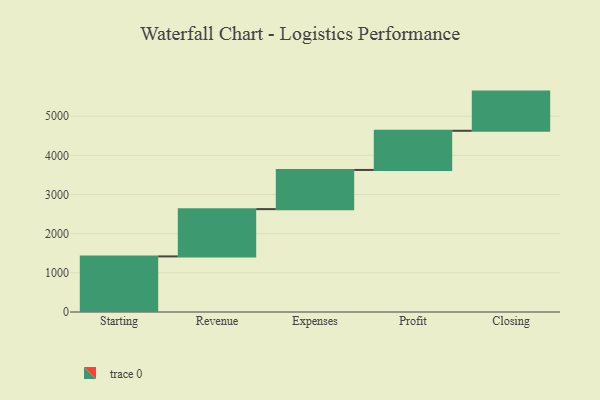
{"axis": {"x": "Step", "y": "Value"}, "legend": [""], "data": [{"x": "Starting", "y": 1419.0, "type": ""}, {"x": "Revenue", "y": 1207.0, "type": ""}, {"x": "Expenses", "y": 1000, "type": ""}, {"x": "Profit", "y": 1000, "type": ""}, {"x": "Closing", "y": 1000, "type": ""}]}